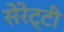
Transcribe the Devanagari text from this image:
सेरेट्टी